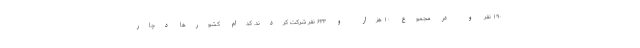
۱۹۰ نفر و در مجموع ۱۰ هزار و ۶۳۳ نفر شرکت کردند. کدام کشورها دچار